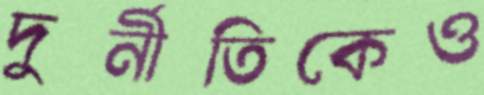
দুর্নীতিকেও